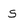
Character: s